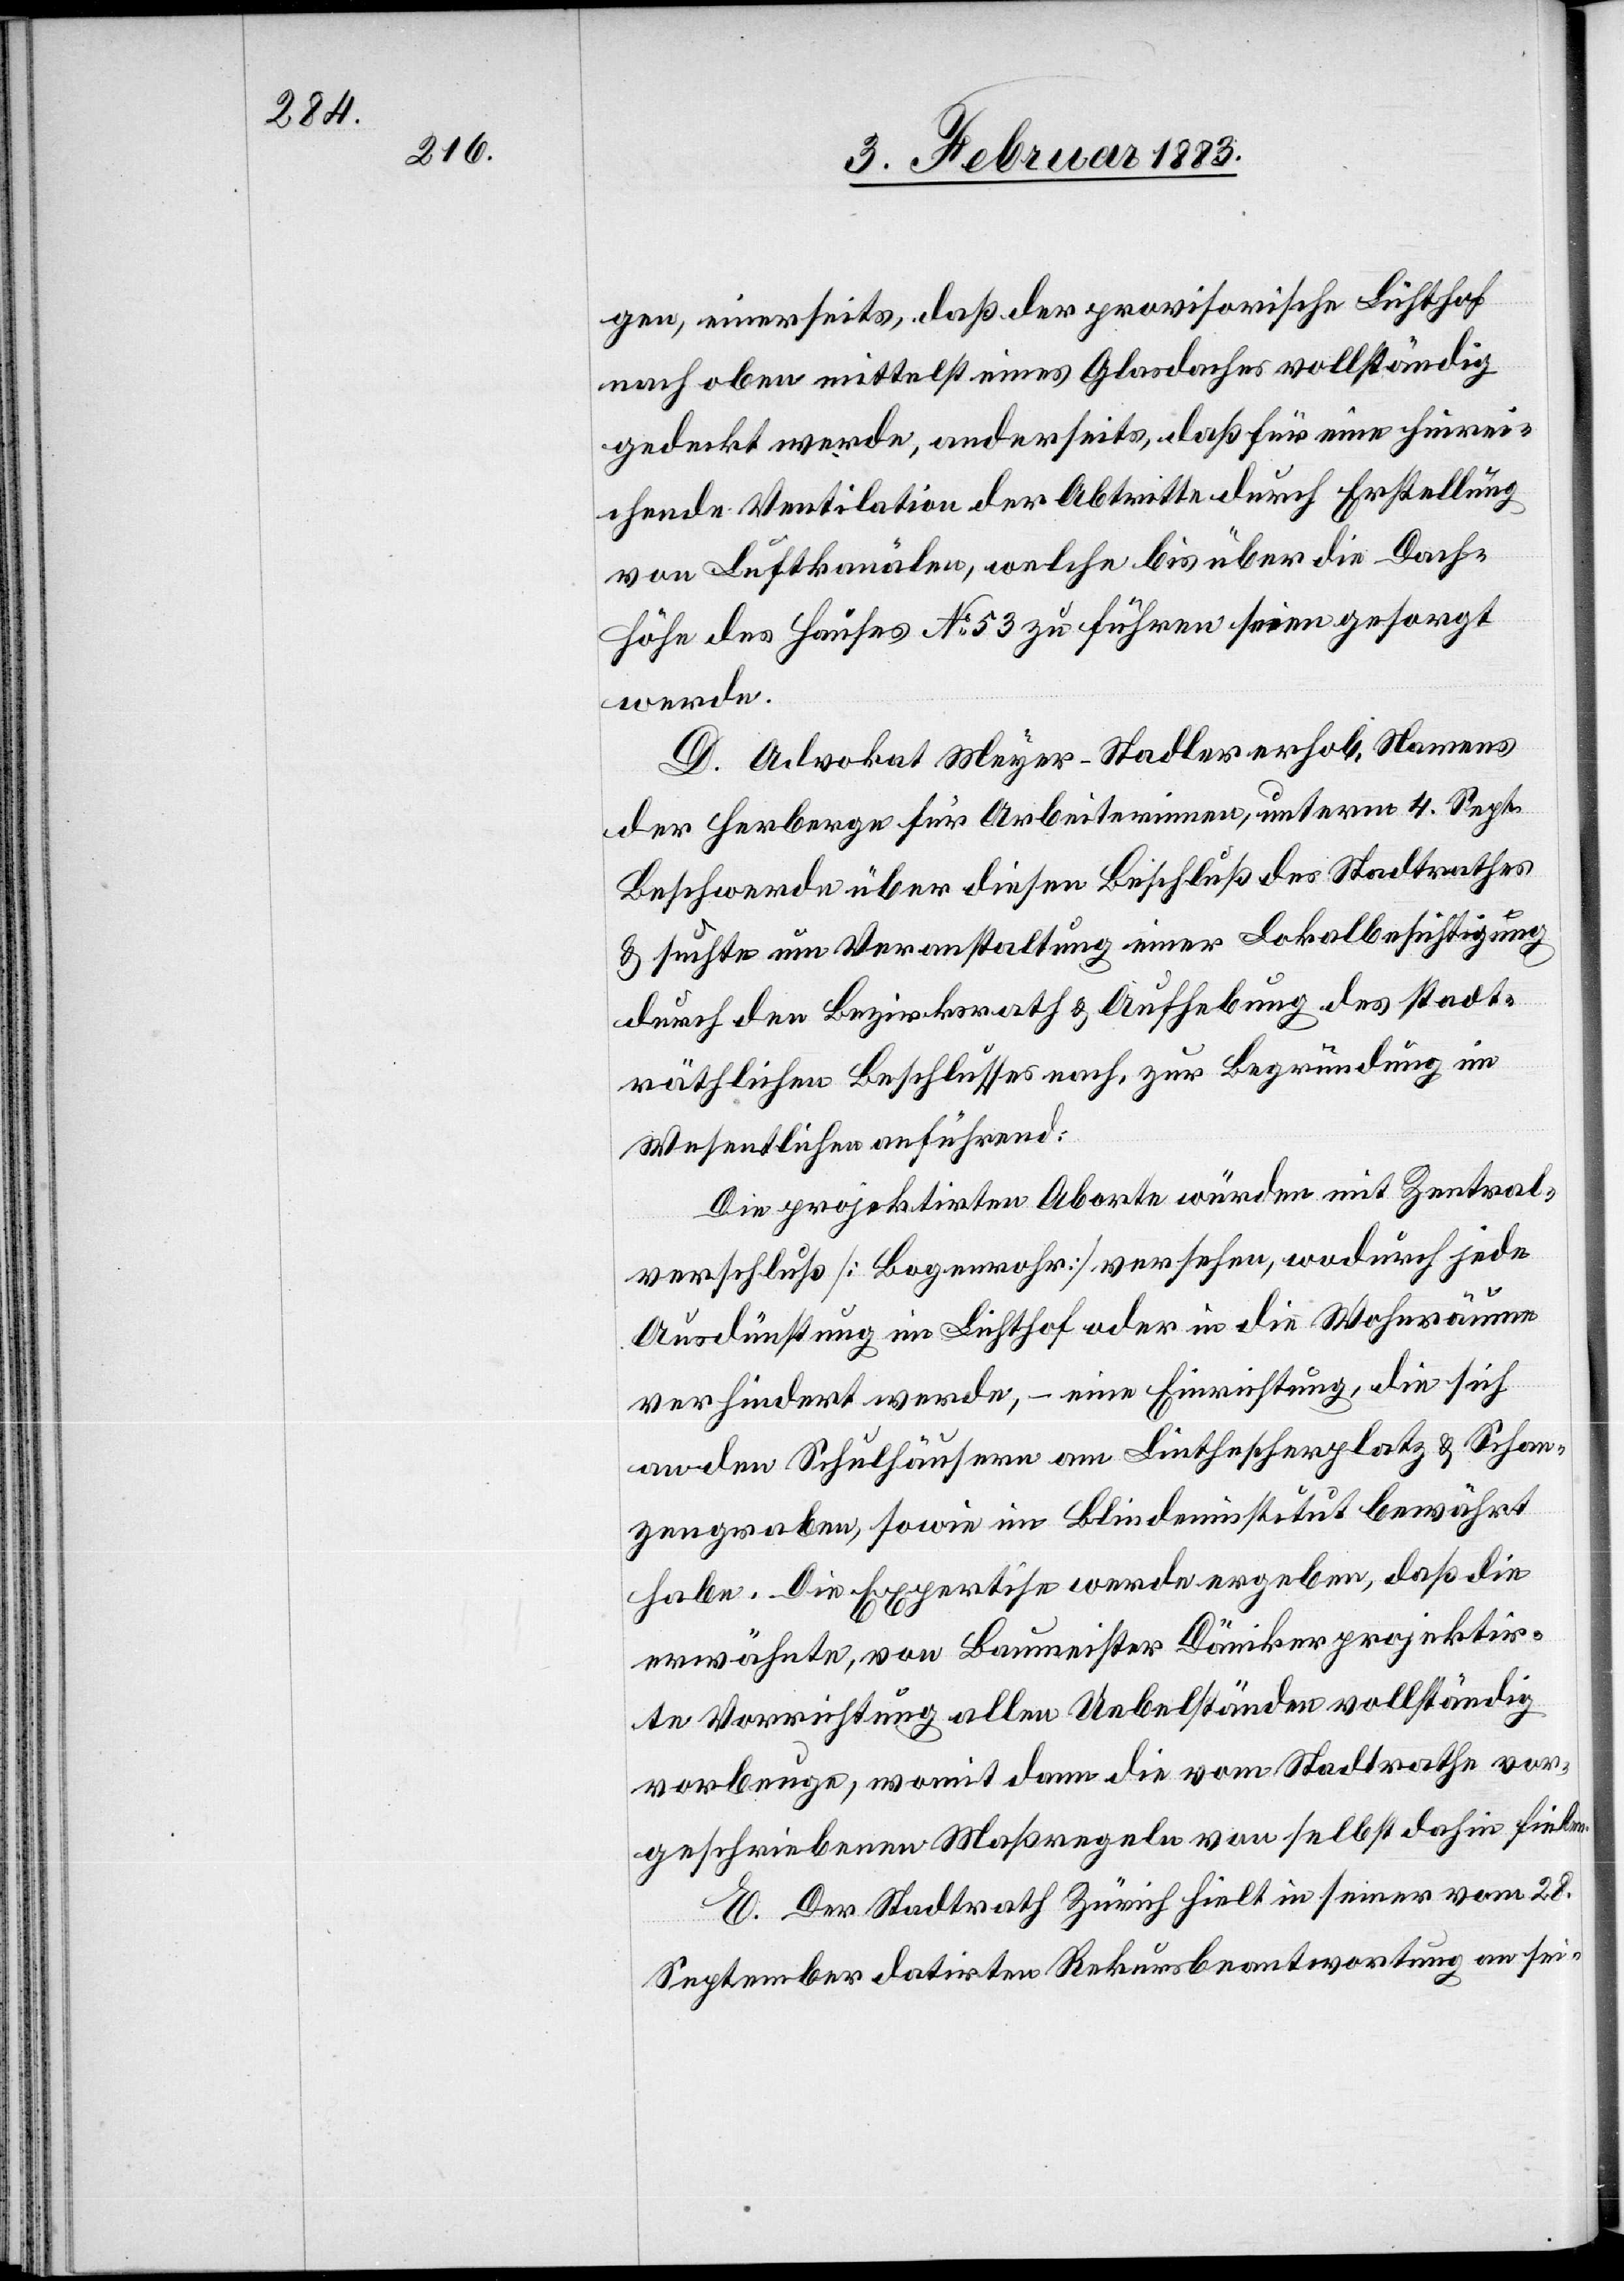
gen, einerseits, daß der provisorische Lichthof
nach oben mittelst eines Glasdaches vollständig
gedeckt werde, anderseits, daß für eine hinrei¬
chende Ventilation der Abtritte durch Erstellung
von Luftkanälen, welche bis über die Dach¬
höhe des Hauses No 53 zu führen seien gesorgt
werde.
D. Advokat Meyer-Stadler erhob, Namens
der Herberge für Arbeiterinnen, unterm 4. Sept.
Beschwerde über diesen Beschluß des Stadtrathes
& suchte um Veranstaltung einer Lokalbesichtigung
durch den Bezirksrath & Aufhebung des stadt¬
räthlichen Beschlusses nach, zur Begründung im
Wesentlichen anführend:
Die projektirten Aborte würden mit Zentral¬
verschluß [Bogenrohr] versehen, wodurch jede
Ausdünstung im Lichthof oder in die Wohnräume
verhindert werde, – eine Einrichtung, die sich
an den Schulhäusern am Linthescherplatz & Schan¬
zengraben, sowie im Blindeninstitut bewährt
habe. Die Expertise werde ergeben, daß die
erwähnte, von Baumeister Däniker projektir¬
te Vorrichtung allen Uebelständen vollständig
vorbeuge, womit dann die vom Stadtrathe vor¬
geschriebenen Maßregeln von selbst dahin fielen.
E. Der Stadtrath Zürich hielt in seiner vom 28.
September datirten Rekursbeantwortung an sei-